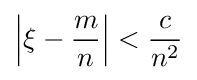
\left|\xi -{\frac {m}{n}}\right|<{\frac {c}{n^{2}}}